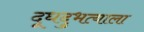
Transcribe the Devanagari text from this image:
दूधदुभत्याला